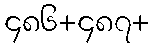
၄၈၆+၄၈၇+